Bombay plague: being a history of the progress of plague in the Bombay presidency from September 1896 to June 1899
Year: 1896
Disease focus: Plague
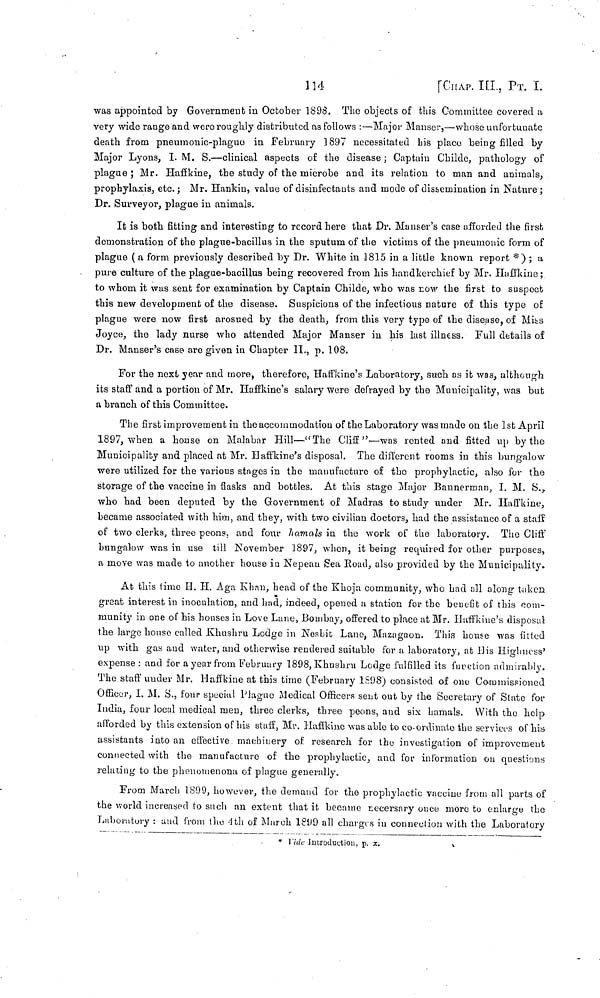
114
[CHAP. III., ΡT. I.
was appointed by Government in October 1898. The objects of this Committee covered a
very wide range and were roughly distributed as follows :—Major Manser,—whose unfortunate
death from pneumonic-plague in February 1897 necessitated his placo being filled by
Major Lyons, I. M. S.—clinical aspects of the disease ; Captain Childe, pathology of
plague ; Mr. Haffkine, the study of the microbe and its relation to man and animals,
prophylaxis, etc. ; Mr. Hankin, value of disinfectants and mode of dissemination in Nature ;
Dr. Surveyor, plague in animals.
It is both fitting and interesting to record here that Dr. Manser's case afforded the first
demonstration of the plague-bacillus in the sputum of the victims of the pneumonic form of
plague ( a form previously described by Dr. White in 1815 in a little known report *) ; a
pure culture of the plague-bacillus being recovered from his handkerchief by Mr. Haffkine ;
to whom it was sent for examination by Captain Childe, who was row the first to suspect
this new development of the disease. Suspicions of the infectious nature of this type of
plague were now first arosued by the death, from this very type of the clísense, of Miss
Joyce, the lady nurse who attended Major Manser in his last illness. Full details of
Dr. Mauser's case are given in Chapter II., p. 108.
For the next year and more, therefore, Haffkine's Laboratoryj such as it was, although
its staff and a portion of Mr. Haffkine's salary were defrayed by the Municipality, was but
a branch of this Committee.
The first improvement in the accommodation of the Laboratory was made on the 1st April
1897, when a house on Malabar Hill—"The Cliff"—was rented and fitted up by the
Municipality and placed at Mr. Haffkine's disposal. The different rooms in this bungalow
were utilized for the various stages in the manufacture of the prophylactic, also for the
storage of the vaccine in flasks and bottles. At this stage Major Bannerman, I. M. S.,
who had been deputed by the Government of Madras to study under Mr. Haffkine,
became associated with him, and they, with two civilian doctors, had the assistance of a staff
of two clerks, three peons, and four hamals in the work of the laboratory. The Cliff
bungalow was in use till November 1897, when, it being required for other purposes,
a move was made to another house in Nepean Sea Road, also provided by the Municipality.
At
this time H. H. Aga Khan, head of the Khoja community, who had all along
great interest in inoculation, and had, indeed, opened a station for the benefit of this com-
munity in one of his houses in Love Lane, Bombay, offered to place at Mr. Huffkine's disposal
the large house called Khushru Lodge in Nosbit Lane, Mazagaon. This house was filled
up with gas and water, and otherwise rendered suitable for a laboratory, at His Highness
expense : and for a year from February 1898, Khushru Lodge fulfilled its fuvetion admirably.
The staff under Mr. Haffkine at this time (February 1S9S) consisted of one Commissioned
Officer, I. M. S., four special Plague Medical Officers sent out by the Secretary of State for
India, four local medical men, three clerks, three peons, and six hamals. With the help
afforded by this extension of his staff, Mr. Haffkino was able to co-ordinate the services of his
assistants into an effective machinery of research for the investigation of improvement
connected with the manufacture of the prophylactic, and for information on questions
relating to the phenomenona of plague generally.
From March 1899, however, the demand for the prophylactic vaccine from all parts of
the world increased to such an extent that it became necersary once more to enlarge the
Laboratory : and from the 4th of March 1899 all charges in connection with the Laboratory
* Vide Introduction, p. x.